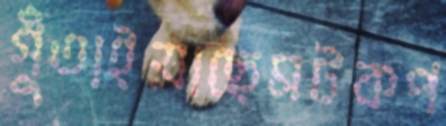
গুঁতাইয়াছেমটকপ